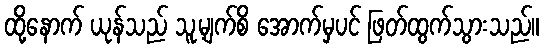
ထို့နောက် ယုန်သည် သူ့မျက်စိ အောက်မှပင် ဖြတ်ထွက်သွားသည်။